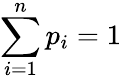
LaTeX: \sum\limits_{i=1}^{n}p_{i}=1